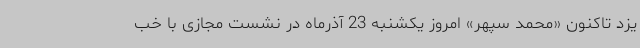
یزد تاکنون «محمد سپهر» امروز یکشنبه 23 آذرماه در نشست مجازی با خب